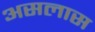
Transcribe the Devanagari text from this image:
असलास